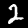
Label: 2